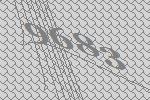
9683